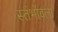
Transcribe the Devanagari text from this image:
स्तंभोंवला